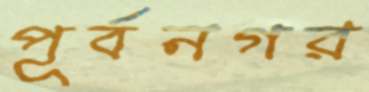
পূর্বনগর